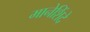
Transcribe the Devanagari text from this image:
मानेशिंदे